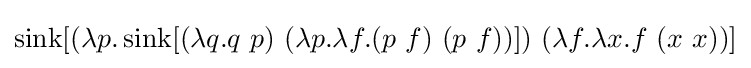
\operatorname {sink} [(\lambda p.\operatorname {sink} [(\lambda q.q\ p)\ (\lambda p.\lambda f.(p\ f)\ (p\ f))])\ (\lambda f.\lambda x.f\ (x\ x))]